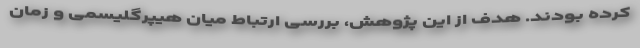
کرده بودند. هدف از این پژوهش، بررسی ارتباط میان هیپرگلیسمی و زمان